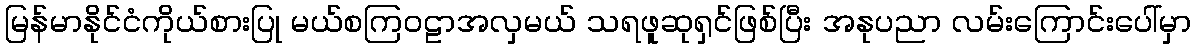
မြန်မာနိုင်ငံကိုယ်စားပြု မယ်စကြဝဠာအလှမယ် သရဖူဆုရှင်ဖြစ်ပြီး အနုပညာ လမ်းကြောင်းပေါ်မှာ